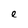
Character: e